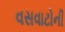
વસવાટોની